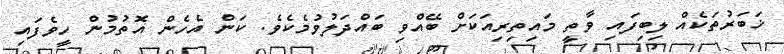
ޚަބަރުތަކެއް ލިބިފައި ވާތީ މައިތިރިއަކަށް ބޭއްވި ބައްދަލުވުމެކެވެ. ކަން އެހެން އޮތުމުން ހީވެފައި